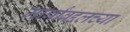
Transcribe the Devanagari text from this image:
मार्गांबद्दलच्या